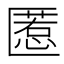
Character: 𱑌